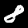
Label: 8